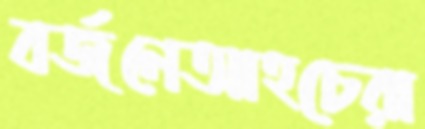
বর্জনেআহচেরা